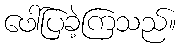
ဖေါ်ပြခဲ့ကြသည်။